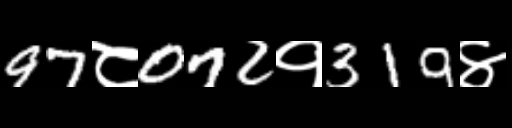
Text: 97८072१319४